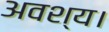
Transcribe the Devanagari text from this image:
अवश्य।